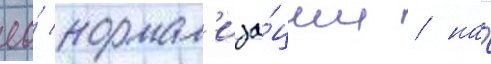
ео́ нормал'иза́ции / на́